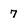
Character: 7